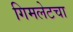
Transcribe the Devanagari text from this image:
गिमलेटचा